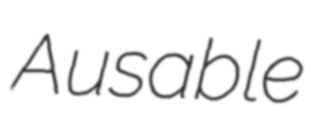
Ausable